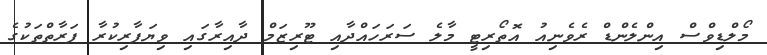
މޯލްޑިވްސް އިންލެންޑް ރެވެނިއު އޮތޯރިޓީ މާލެ ސަރަހައްދާއި ޓޫރިޒަމް ދާއިރާގައި ވިޔަފާރިކުރާ ފަރާތްތަކުގެ